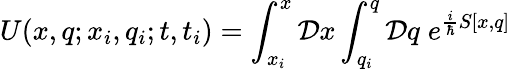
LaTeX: U(x,q;x_{i},q_{i};t,t_{i})=\int_{x_{i}}^{x}{\cal D}x\int_{q_{i}}^{q}{\cal D}q\; e^{{\frac{i}{\hbar}}S[x,q]}